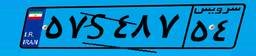
۵۷S۴۸۷۵۴